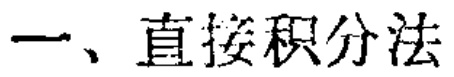
一、直接积分法